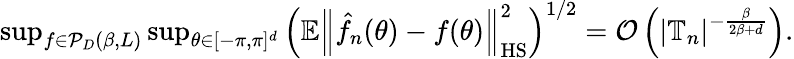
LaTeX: \begin{array}{r}{\operatorname*{sup}_{f\in{\cal P}_{D}(\beta,L)}\operatorname*{sup}_{\theta\in[-\pi,\pi]^{d}}\Big(\mathbb E\left\Vert\hat{f}_{n}(\theta)-f(\theta)\right\Vert_{\mathrm{HS}}^{2}\Big)^{1/2}=\mathcal{O}\left(|\mathbb T_{n}|^{-\frac{\beta}{2\beta+d}}\right).}\end{array}